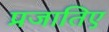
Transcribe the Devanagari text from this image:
प्रजातिए